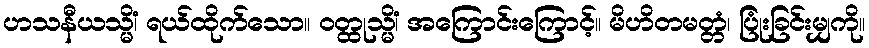
ဟသနီယသ္မိံ၊ ရယ်ထိုက်သော။ ဝတ္ထုသ္မိံ၊ အကြောင်းကြောင့်။ မိဟိတမတ္တံ၊ ပြုံးခြင်းမျှကို။